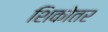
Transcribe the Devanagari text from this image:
शिकोतर